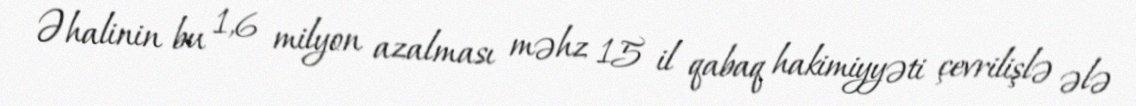
Əhalinin bu 1,6 milyon azalması məhz 15 il qabaq hakimiyyəti çevrilişlə ələ